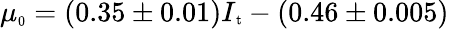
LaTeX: \mu_{\scriptsize\textrm{0}}=(0.35\pm 0.01)I{\scriptsize_\textrm{t}}-(0.46\pm 0.005)